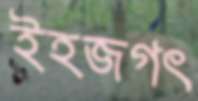
ইহজগৎ